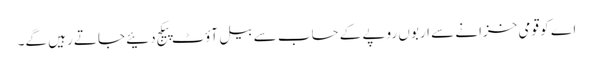
اے کو قومی خزانے سے اربوں روپے کے حساب سے بیل آؤٹ پیکج دئیے جاتے رہیں گے۔